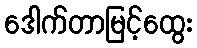
ဒေါက်တာမြင့်ထွေး